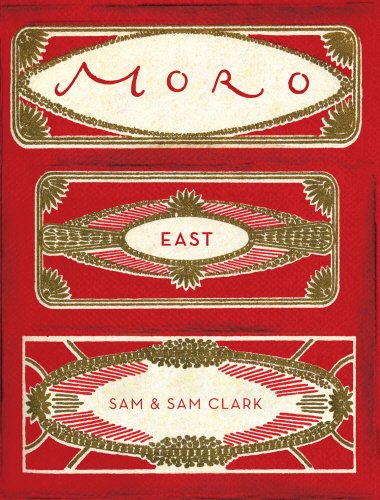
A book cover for Moro East; Samuel Clark; Cookbooks, Food & Wine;